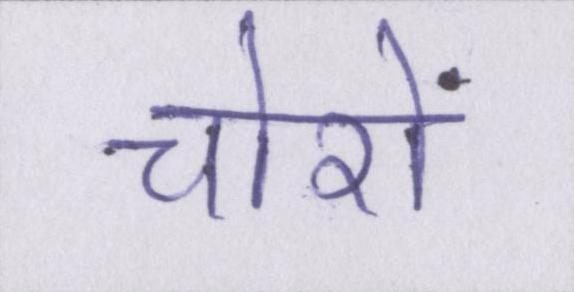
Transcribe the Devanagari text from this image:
चोरों